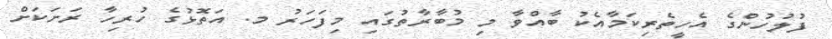
ފުލުހުންގެ އެހީތެރިކަމާއެކު ބާއްވާ މި މުބާރާތުގައި މިފަހަރު މ. އަތޮޅުގެ ހުރިހާ ރަށަކަށް